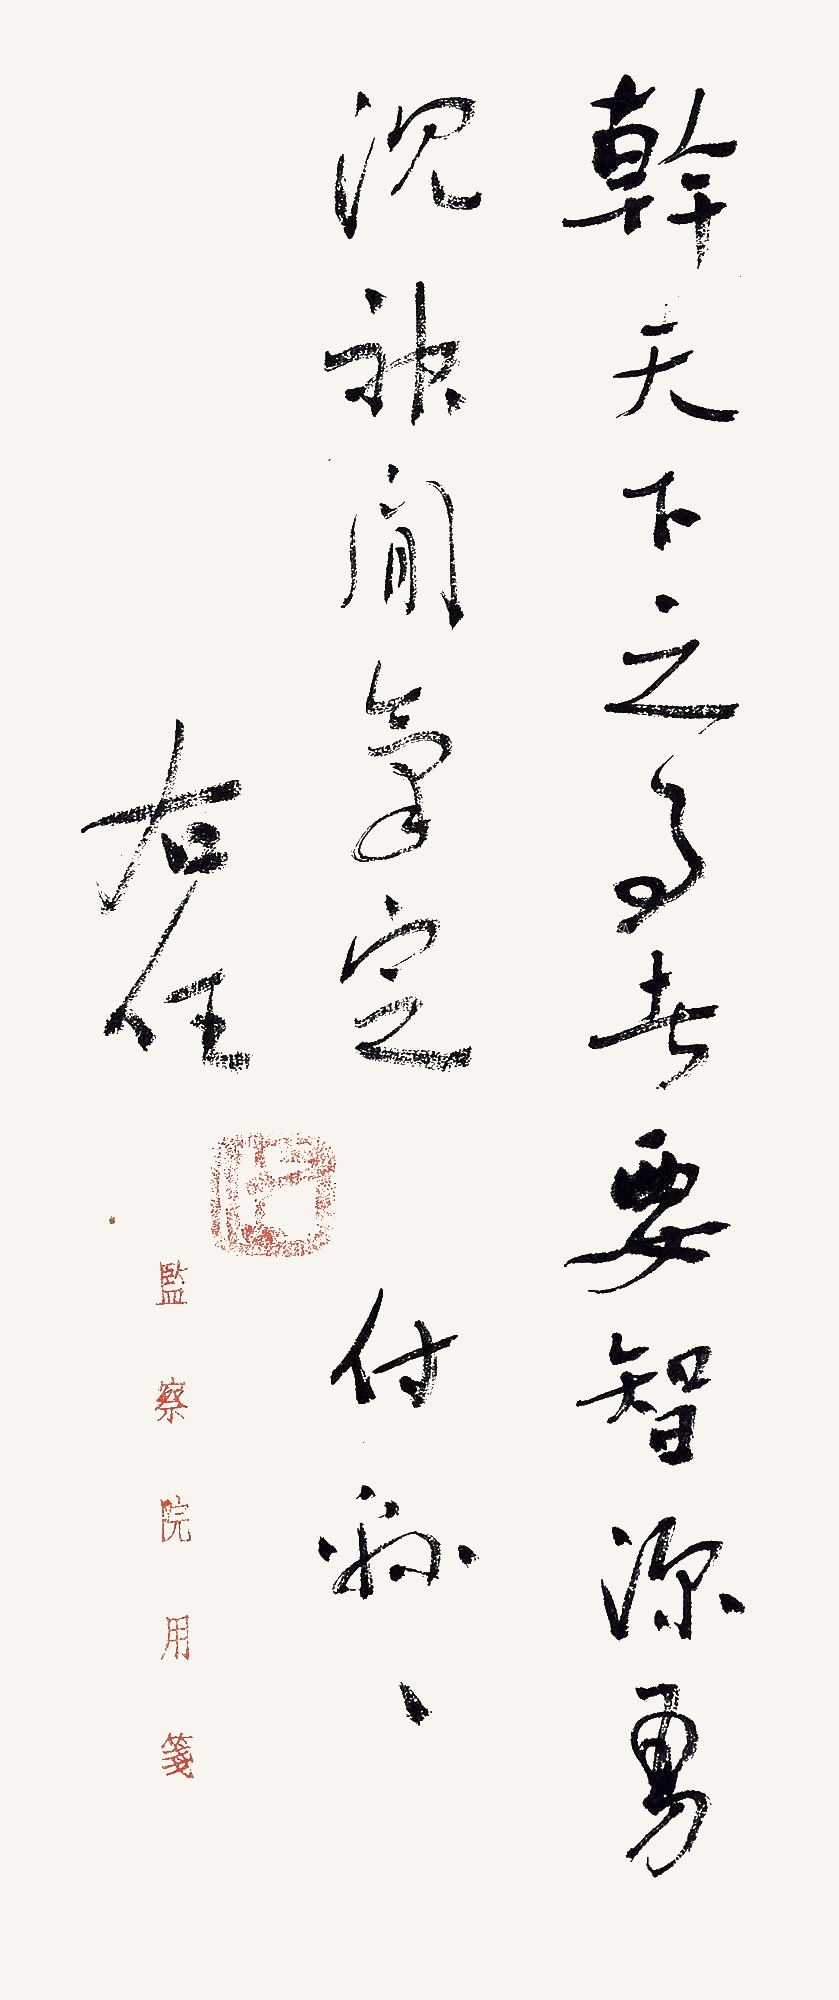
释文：干天下之事者，要智深勇沉，神闲气定。付绵绵，右任。